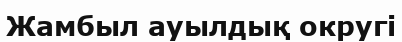
Жамбыл ауылдық округі